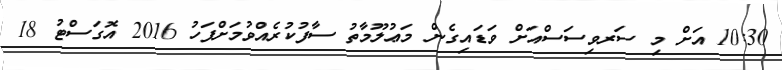
10:30 އަށް މި ސަރވިސަސްއަށް ވަޑައިގެން މަޢުލޫމާތު ސާފުކުރެއްވުމަށްފަހު 2016 އޮގަސްޓު 18